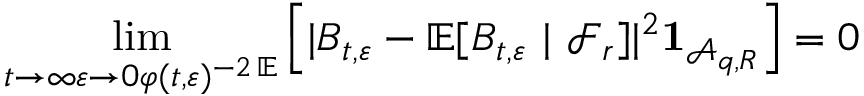
\operatorname* { l i m } _ { \substack { t \to \infty } { \varepsilon \to 0 } \varphi ( t , \varepsilon ) ^ { - 2 \, \ensuremath { \mathbb E } } } \left[ | B _ { t , \varepsilon } - { \ensuremath { \mathbb E } } [ B _ { t , \varepsilon } \ | \ { \ensuremath { \mathcal F } } _ { r } ] | ^ { 2 } \mathbf { 1 } _ { { \ensuremath { \mathcal A } } _ { q , R } } \right] = 0